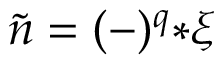
\tilde { n } = ( - ) ^ { q } { * \xi }